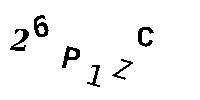
26P1ZC